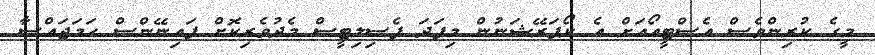
މީގެ ކުރިންވެސް އެސްޓީއޯއަށް އެ ކޯޕަރޭޝަނުން މިފަދަ ފެސިލިޓީސް މެދުވެރިކޮށް ފައިނޭންސް ހަމަޖައްސާ